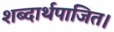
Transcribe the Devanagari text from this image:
शब्दार्थपाजित।